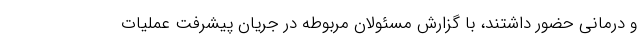
و درمانی حضور داشتند، با گزارش مسئولان مربوطه در جریان پیشرفت عملیات